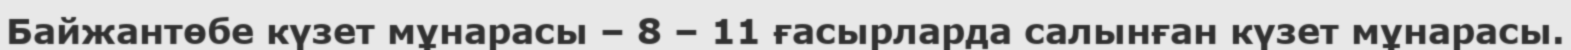
Байжантөбе күзет мұнарасы – 8 – 11 ғасырларда салынған күзет мұнарасы.